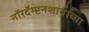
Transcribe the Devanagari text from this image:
नॉरदॅम्प्टनशायरच्या